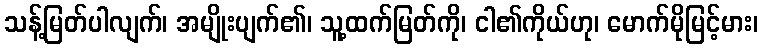
သန့်မြတ်ပါလျက်၊ အမျိုးပျက်၏၊ သူ့ထက်မြတ်ကို၊ ငါ၏ကိုယ်ဟု၊ မောက်မိုမြင့်မား၊